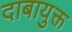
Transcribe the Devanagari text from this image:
दाबायुक्त